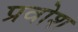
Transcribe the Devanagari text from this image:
प्रवोश